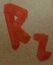
Text: R2